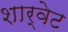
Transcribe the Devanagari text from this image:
शार्वेट